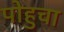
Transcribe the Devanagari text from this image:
पोहुचा